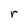
Character: r